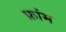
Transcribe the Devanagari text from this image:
फ्रांम